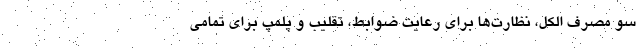
سو مصرف الکل، نظارت‌ها برای رعایت ضوابط، تقلیب و پلمپ برای تمامی